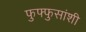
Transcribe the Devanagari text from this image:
फुफ्फुसांशी